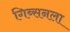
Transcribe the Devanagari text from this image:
गिब्सनला